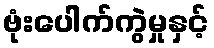
ဗုံးပေါက်ကွဲမှုနှင့်